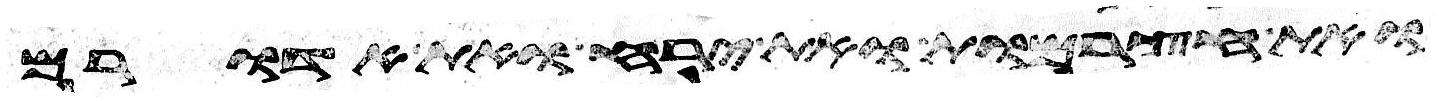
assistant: ואת חצרמות ואת ירח ואת אדורם